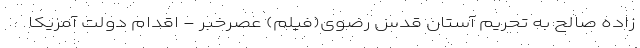
زاده صالح به تحریم آستان قدس رضوی(فیلم) عصرخبر - اقدام دولت آمریکا